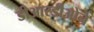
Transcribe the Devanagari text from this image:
डीआरडीओने